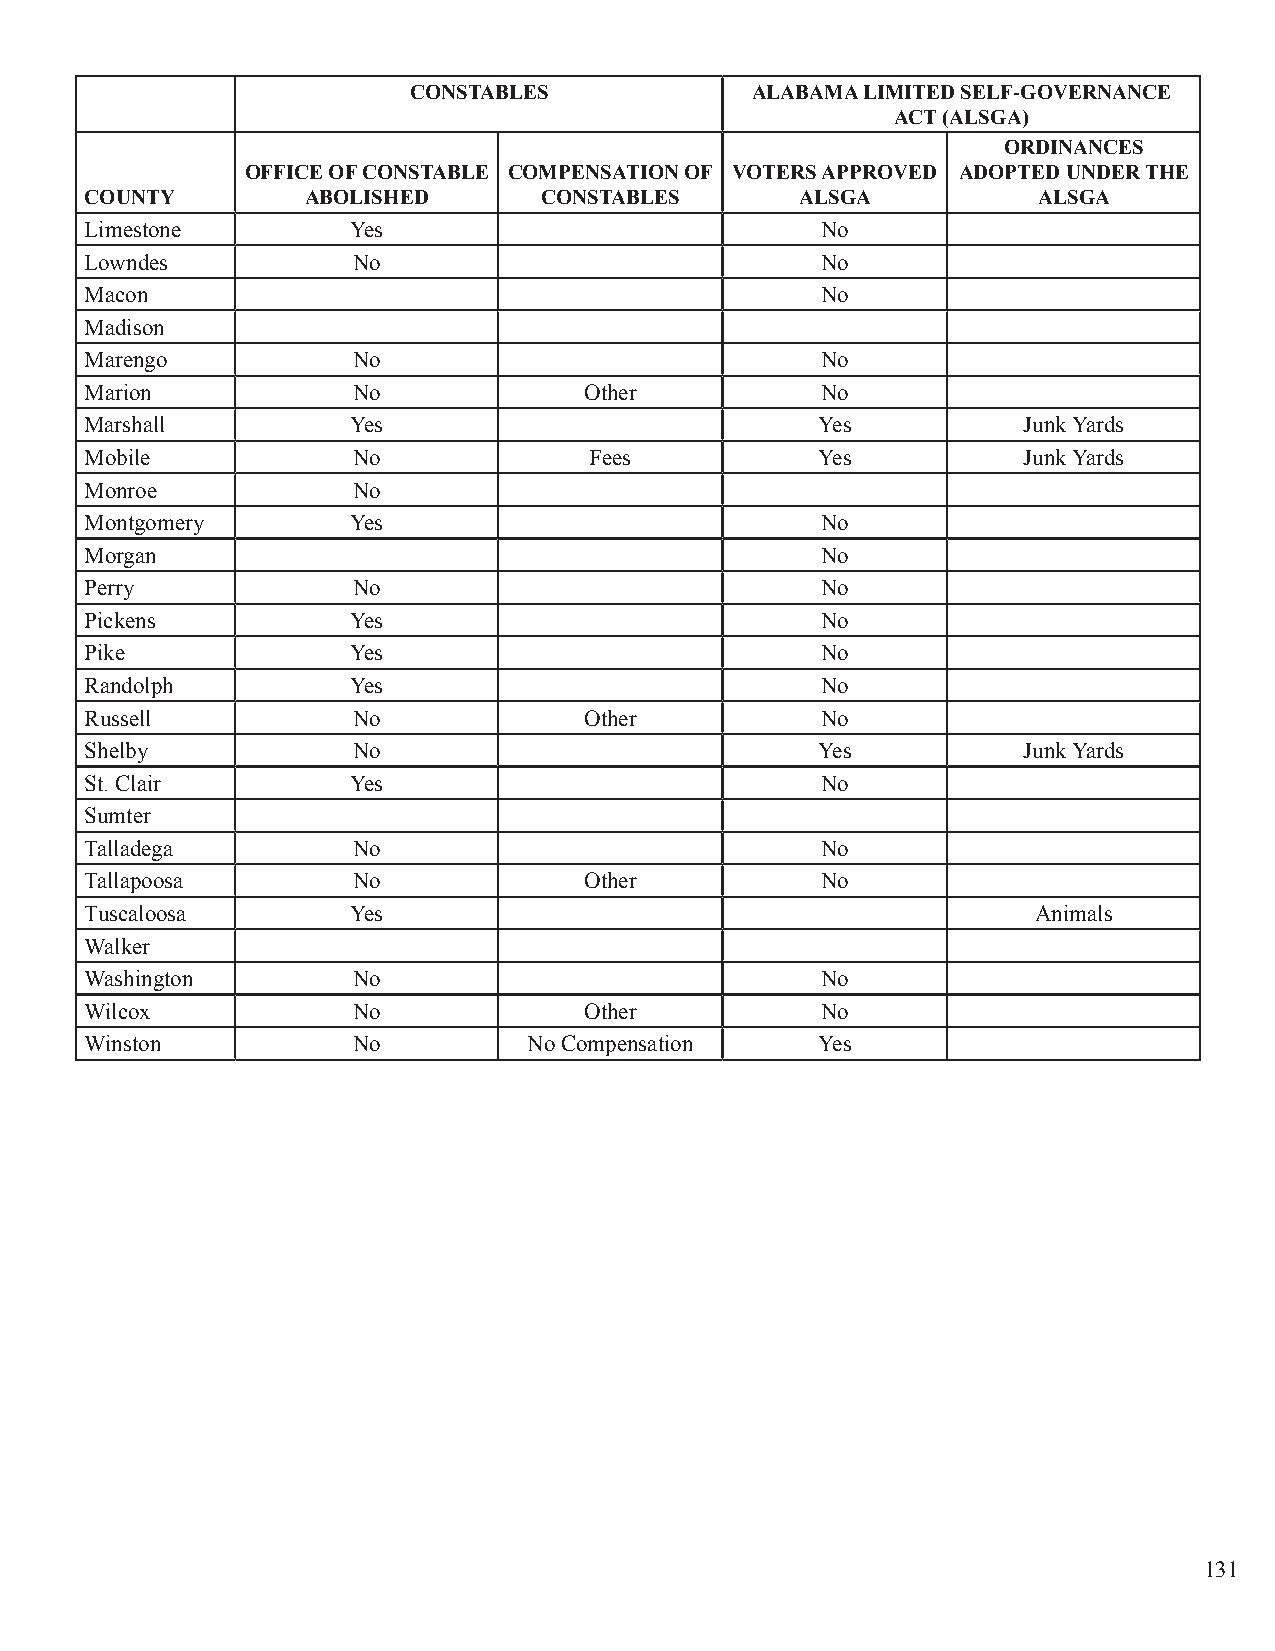
CONSTABLES             ALABAMA LIMITED SELF-GOVERNANCE
 ACT (ALSGA)
 ORDINANCES
 OFFICE OF CONSTABLE COMPENSATION OF VOTERS APPROVED ADOPTED UNDER THE
 COUNTY        ABOLISHED       CONSTABLES       ALSGA           ALSGA
 Limestone        Yes                            No
 Lowndes          No                             No
 Macon                                           No
 Madison
 Marengo          No                             No
 Marion           No              Other          No
 Marshall         Yes                            Yes           Junk Yards
 Mobile           No              Fees           Yes           Junk Yards
 Monroe           No
 Montgomery       Yes                            No
 Morgan                                          No
 Perry            No                             No
 Pickens          Yes                            No
 Pike             Yes                            No
 Randolph         Yes                            No
 Russell          No              Other          No
 Shelby           No                             Yes           Junk Yards
 St. Clair        Yes                            No
 Sumter
 Talladega        No                             No
 Tallapoosa       No              Other          No
 Tuscaloosa       Yes                                           Animals
 Walker
 Washington       No                             No
 Wilcox           No              Other          No
 Winston          No          No Compensation    Yes
 131